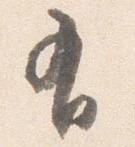
有